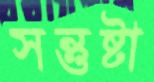
সন্তুষ্টা